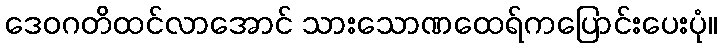
ဒေဝဂတိထင်လာအောင် သားသောဏထေရ်ကပြောင်းပေးပုံ။